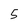
Character: 5